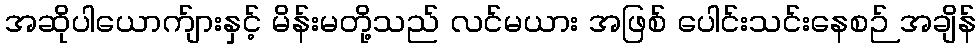
အဆိုပါယောက်ျားနှင့် မိန်းမတို့သည် လင်မယား အဖြစ် ပေါင်းသင်းနေစဉ် အချိန်